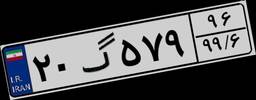
۲۰گ۵۷۹۹۶